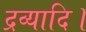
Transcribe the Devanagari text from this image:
द्रव्यादि।